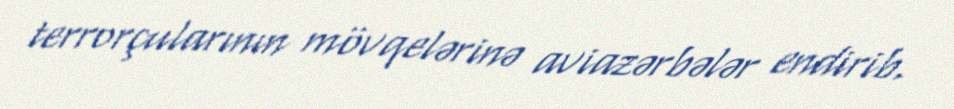
terrorçularının mövqelərinə aviazərbələr endirib.